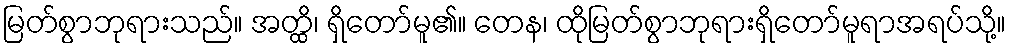
မြတ်စွာဘုရားသည်။ အတ္ထိ၊ ရှိတော်မူ၏။ တေန၊ ထိုမြတ်စွာဘုရားရှိတော်မူရာအရပ်သို့။